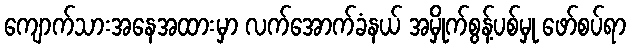
ကျောက်သားအနေအထားမှာ လက်အောက်ခံနယ် အမှိုက်စွန့်ပစ်မှု ဖော်စပ်ရာ